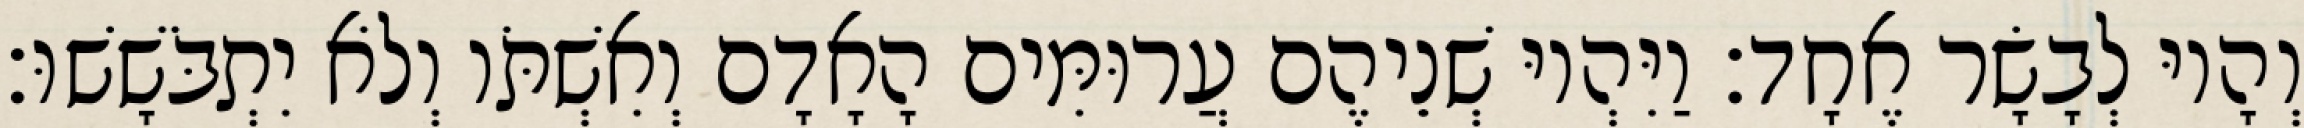
וְהָיוּ לְבָשָׂר אֶחָד׃ וַיִּהְיוּ שְׁנֵיהֶם עֲרוּמִּים הָאָדָם וְאִשְׁתֹּו וְלֹא יִתְבֹּשָׁשׁוּ׃